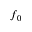
f _ { 0 }